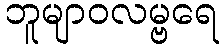
ဘူမျာဝလမ္ဗရေ